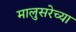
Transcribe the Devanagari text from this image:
मालुसरेच्या